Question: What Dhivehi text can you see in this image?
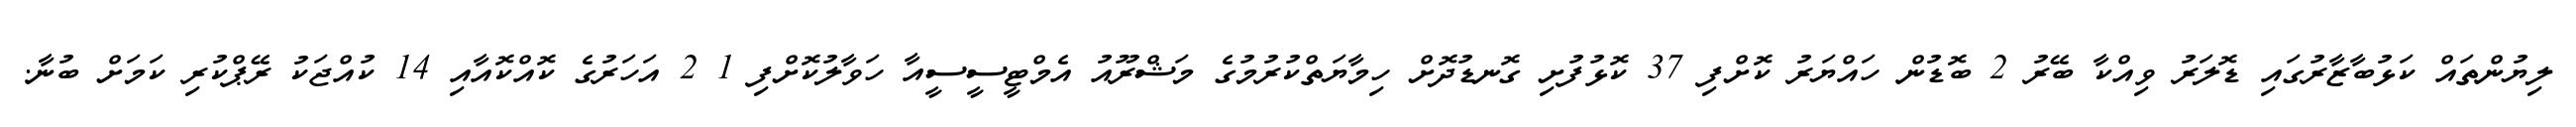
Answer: ލިޔުންތައް ކަޅުބާޒާރުގައި ޑޮލަރު ވިއްކާ ބޭރު 2 ބޮޑުން ހައްޔަރު ކޮށްފި 37 ކޮޅުފުށި ގޮނޑުދޮށް ހިމާޔަތްކުރުމުގެ މަޝްރޫއު އެމްޓީސީސީއާ ހަވާލުކޮށްފި 1 2 އަހަރުގެ ކޮއްކޮއާއި 14 ކުއްޖަކު ރޭޕްކުރި ކަމަށް ބުނާ.